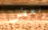
بعض